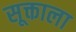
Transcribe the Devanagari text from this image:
सूक्ताला